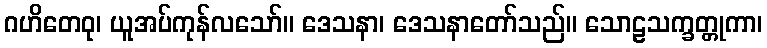
ဂဟိတေဝု၊ ယူအပ်ကုန်လသော်။ ဒေသနာ၊ ဒေသနာတော်သည်။ သောဠသက္ခတ္တုကာ၊